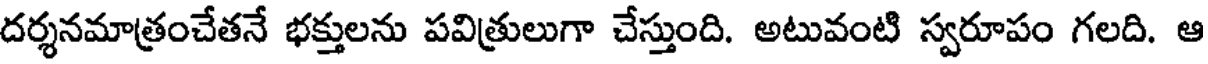
దర్శనమాత్రంచేతనే భక్తులను పవిత్రులుగా చేస్తుంది. అటువంటి స్వరూపం గలది. ఆ